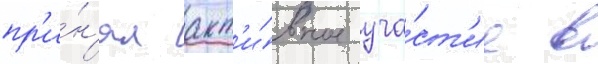
пр'и́н'ял акт'и́вное уча́ст'ие в